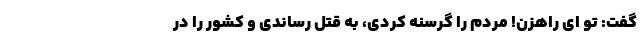
گفت: تو ای راهزن! مردم را گرسنه کردی، به قتل رساندی و کشور را در